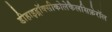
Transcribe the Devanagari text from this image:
डीहाइड्रॉक्सीकोलेकैलसिफ़ेरॉल